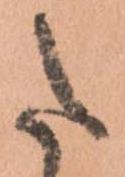
た